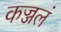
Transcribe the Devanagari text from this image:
कज्जलं